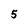
Character: 5